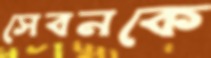
সেবনকে